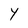
Character: Y